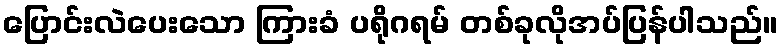
ပြောင်းလဲပေးသော ကြားခံ ပရိုဂရမ် တစ်ခုလိုအပ်ပြန်ပါသည်။